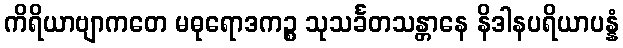
ကိရိယာဗျာကတေ မဓုရောဒကဉ္စ သုသင်္ခတသန္တာနေ နိဒါနပရိယာပန္နံ